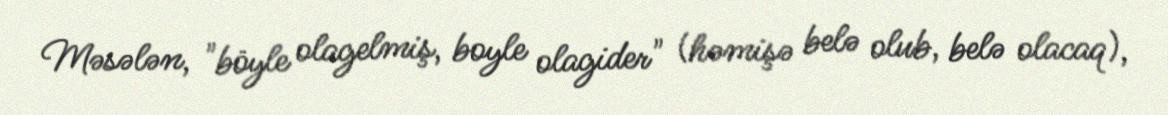
Məsələn, "böyle olagelmiş, boyle olagider" (həmişə belə olub, belə olacaq),